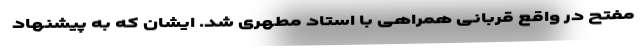
مفتح در واقع قربانی همراهی با استاد مطهری شد. ایشان که به پیشنهاد